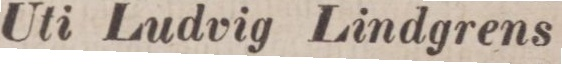
Uti Ludvig Lindgrens